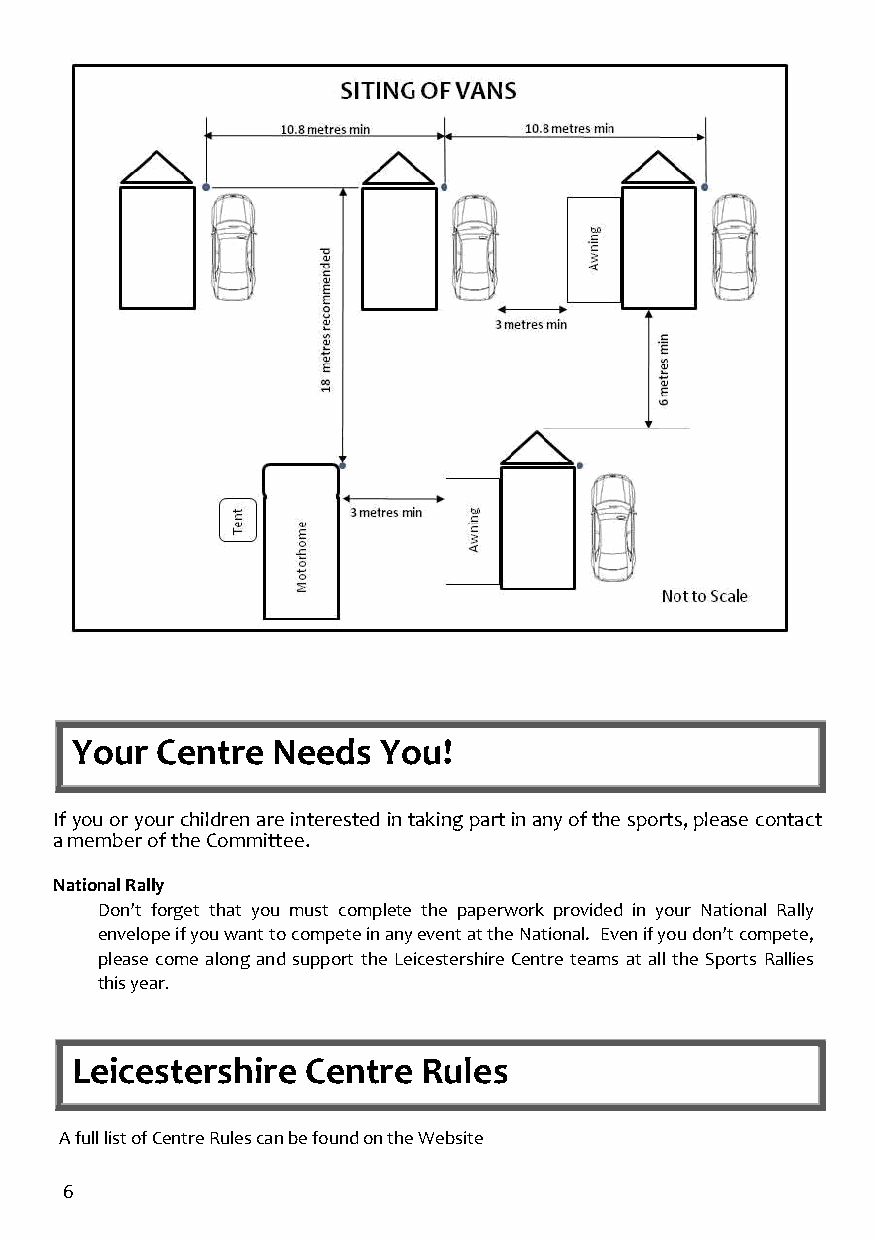
Your Centre  Needs  You!
 If you or your children are interested in taking part in any of the sports, please contact
 a member of the Committee.
 National Rally
 Don’t forget that you must complete the paperwork provided in your National Rally
 envelope if you want to compete in any event at the National. Even if you don’t compete,
 please come along and support the Leicestershire Centre teams at all the Sports Rallies
 this year.
 Leicestershire Centre  Rules
 A full list of Centre Rules can be found on the Website
 6